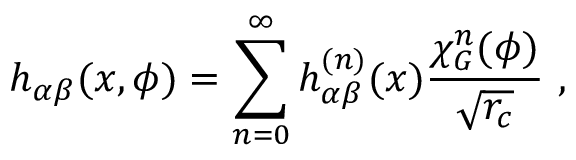
h _ { \alpha \beta } ( x , \phi ) = \sum _ { n = 0 } ^ { \infty } h _ { \alpha \beta } ^ { ( n ) } ( x ) \frac { \chi _ { G } ^ { n } ( \phi ) } { \sqrt { r _ { c } } } \, \, ,